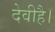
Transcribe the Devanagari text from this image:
देवीहै।